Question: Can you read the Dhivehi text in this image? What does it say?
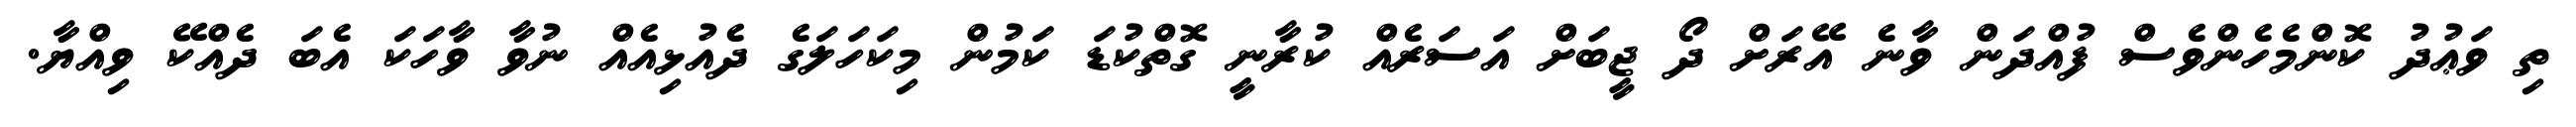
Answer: ތި ވަޢުދު ކޮންމެހެންވެސް ފުއްދަން ވާނެ އޭރަށް ދޯ ޖީބަށް އަސަރެއް ކުރާނީ ގޮތްކުޑަ ކަމުން މިކަހަލަގެ ދެއުޅިއެއް ނުވާ ވާހަކަ އެބަ ދެއްކޭ ވިއްޔާ.